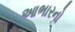
આભારનો